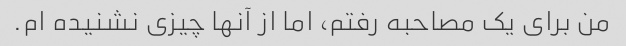
من برای یک مصاحبه رفتم، اما از آنها چیزی نشنیده ام.